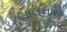
ચાલનારો